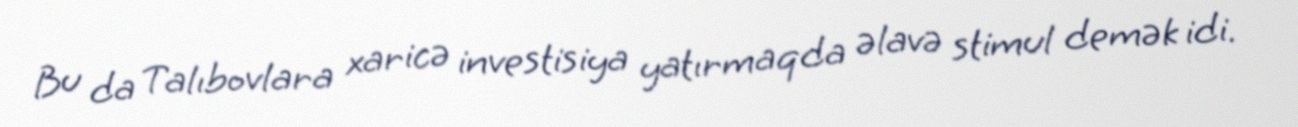
Bu da Talıbovlara xaricə investisiya yatırmaqda əlavə stimul demək idi.